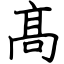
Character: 髙